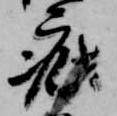
疵